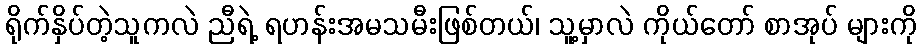
ရိုက်နှိပ်တဲ့သူကလဲ ညီရဲ့ ရဟန်းအမသမီးဖြစ်တယ်၊ သူ့မှာလဲ ကိုယ်တော် စာအုပ် များကို